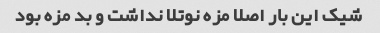
شیک این بار اصلا مزه نوتلا نداشت و بد مزه بود